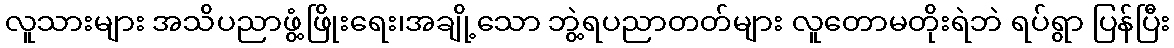
လူသားများ အသိပညာဖွံ့ဖြိုးရေး၊အချို့သော ဘွဲ့ရပညာတတ်များ လူတောမတိုးရဲဘဲ ရပ်ရွာ ပြန်ပြီး